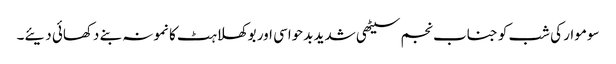
سوموار کی شب کو جناب نجم سیٹھی شدید بدحواسی اور بوکھلاہٹ کا نمونہ بنے دکھائی دیئے۔